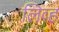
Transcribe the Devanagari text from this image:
लिव्ह